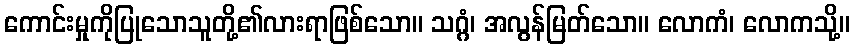
ကောင်းမှုကိုပြုသောသူတို့၏လားရာဖြစ်သော။ သဂ္ဂံ၊ အလွန်မြတ်သော။ လောကံ၊ လောကသို့။